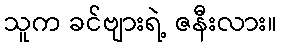
သူက ခင်ဗျားရဲ့ ဇနီးလား။